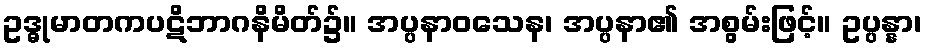
ဥဒ္ဓုမာတကပဋိဘာဂနိမိတ်၌။ အပ္ပနာဝသေန၊ အပ္ပနာ၏ အစွမ်းဖြင့်။ ဥပ္ပန္နာ၊